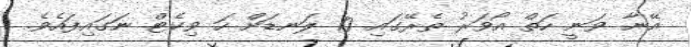
އޭނާ ވަނީ ހަތް އޯވަރު ތެރޭގައި 10 ލަނޑަށް ހަ ވިކެޓް ނަގައިފައެވެ.